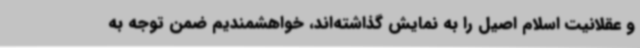
و عقلانیت اسلام اصیل را به نمایش گذاشته‌اند، خواهشمندیم ضمن توجه به